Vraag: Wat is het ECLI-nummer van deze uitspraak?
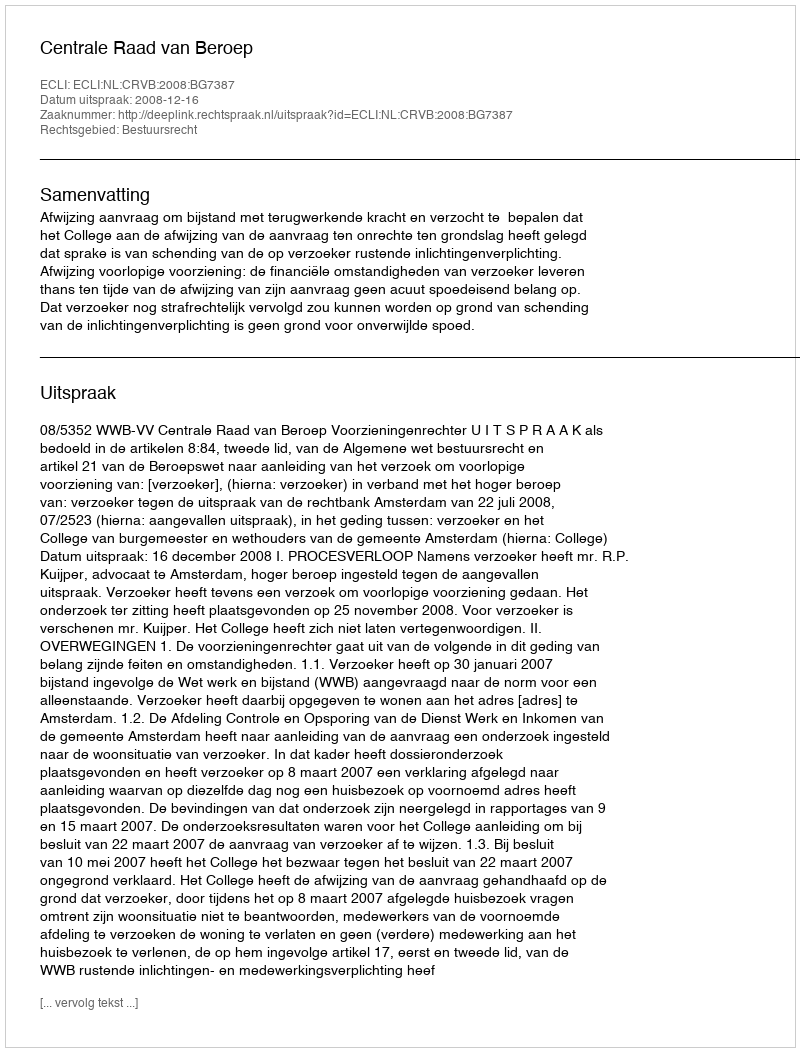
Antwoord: ECLI:NL:CRVB:2008:BG7387